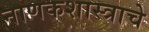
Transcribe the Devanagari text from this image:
नाणकशास्त्राचे